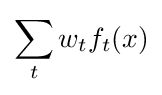
\sum _{t}w_{t}f_{t}(x)